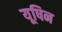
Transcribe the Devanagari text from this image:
यूषिन